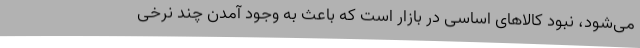
می‌شود، نبود کالاهای اساسی در بازار است که باعث به وجود آمدن چند نرخی